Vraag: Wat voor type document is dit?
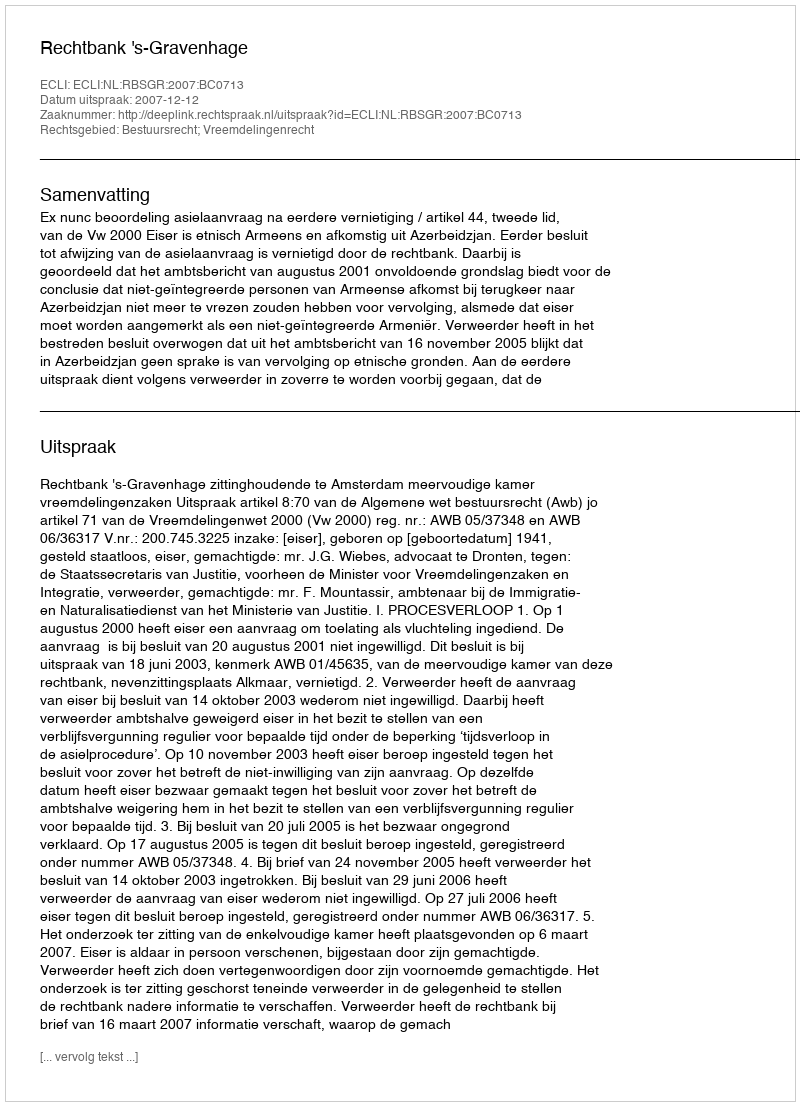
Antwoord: Uitspraak